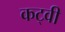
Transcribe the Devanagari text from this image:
कट्वी